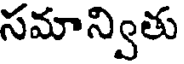
సమాన్వితు